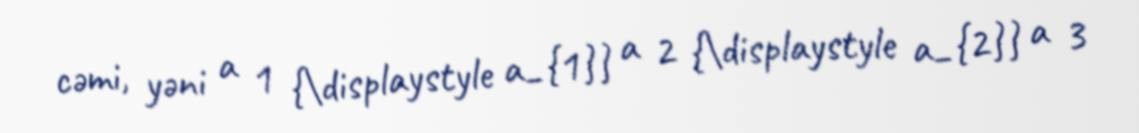
cəmi, yəni a 1 {\displaystyle a_{1}} a 2 {\displaystyle a_{2}} a 3